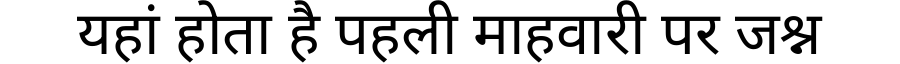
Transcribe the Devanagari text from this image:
यहां होता है पहली माहवारी पर जश्न